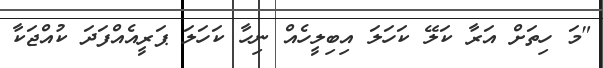
"މަ ހިތަށް އަރާ ކަލޭ ކަހަލަ އިބިލީހެއް ނިހާ ކަހަލަ ޕަރީއެއްފަދަ ކުއްޖަކާ